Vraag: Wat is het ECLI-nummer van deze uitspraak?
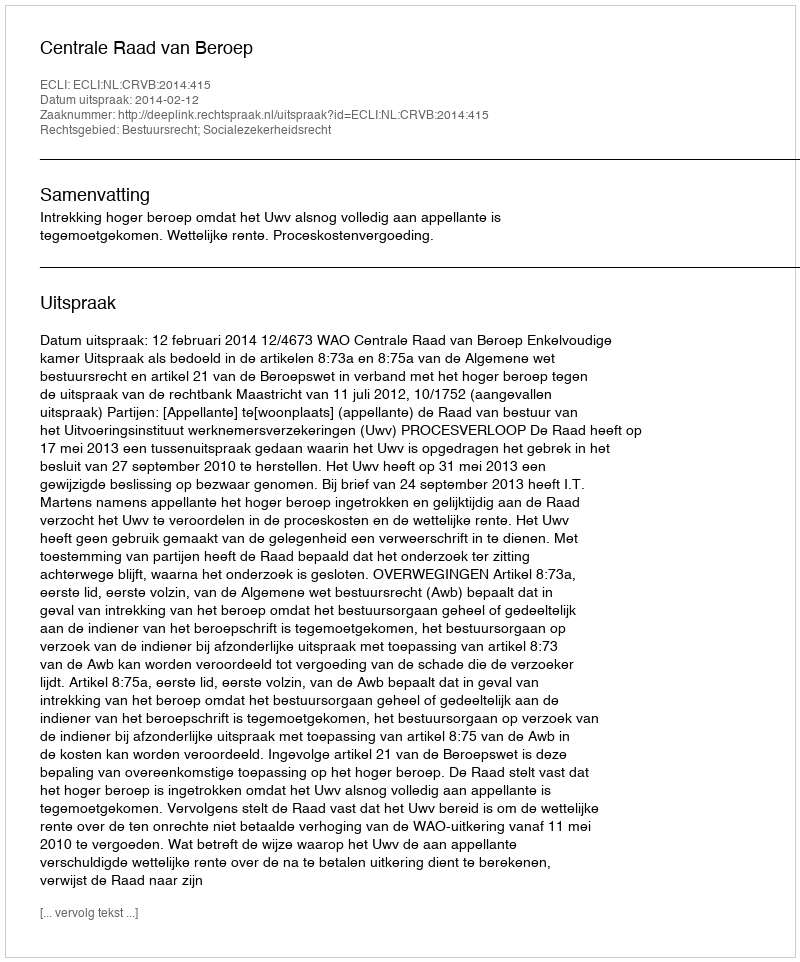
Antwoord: ECLI:NL:CRVB:2014:415